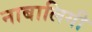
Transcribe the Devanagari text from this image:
नाबालिगी